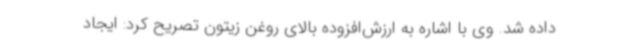
داده شد. وی با اشاره به ارزش‌افزوده بالای روغن زیتون تصریح کرد: ایجاد